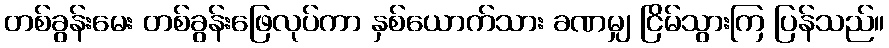
တစ်ခွန်းမေး တစ်ခွန်းဖြေလုပ်ကာ နှစ်ယောက်သား ခဏမျှ ငြိမ်သွားကြ ပြန်သည်။